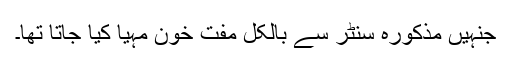
جنہیں مذکورہ سنٹر سے بالکل مفت خون مہیا کیا جاتا تھا۔